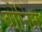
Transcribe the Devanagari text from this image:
बोनिन